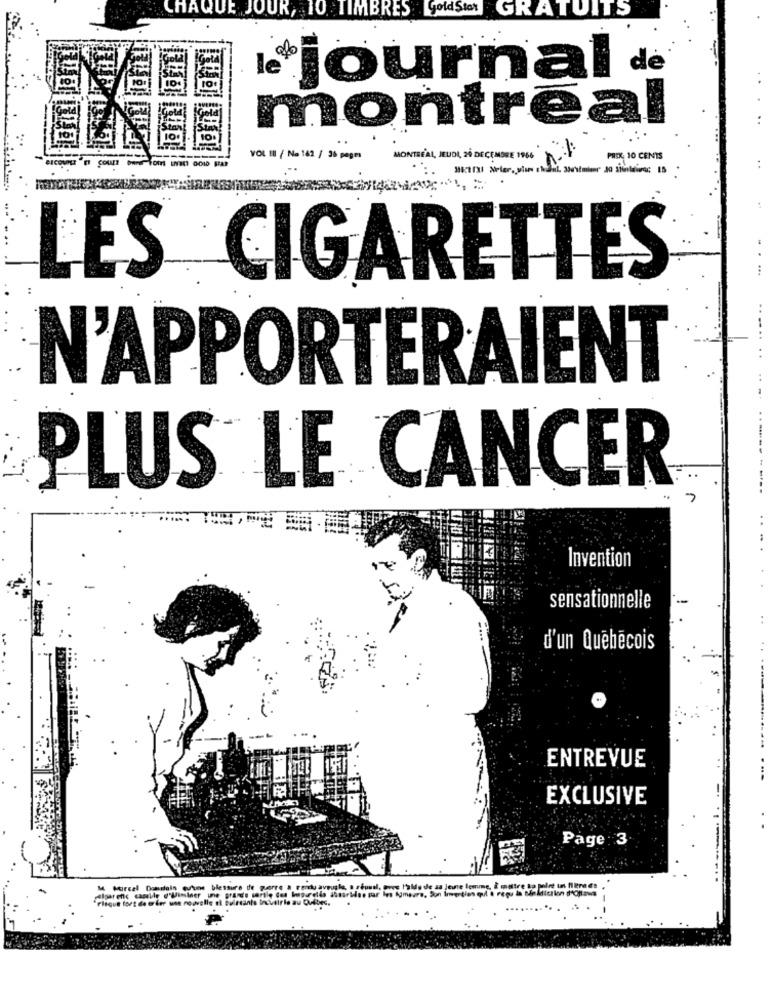
CHAQUE JOUR, 10 TIMBRES Gold Stor
GRATUITS
le journal de
montréal
VOL II / No 162 / 36 pages
MONTREAL, JEUDI, 24 DECEMBRE 1966
PRIX: 10 CENTS
LES CIGARETTES
N'APPORTERAIENT
PLUS LE CANCER
Invention
sensationnelle
d'un Québécois
ENTREVUE
EXCLUSIVE
Page 3
M Harcel Domelain qu'une blessure de porre a renty aveugk
algar ofte caselle d'Uliminer une grand's sortle Gea hasurgido att
Fisque fort de o fer une nouvelle el Bulstante Industrie au Duilibes.
..